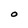
Character: O